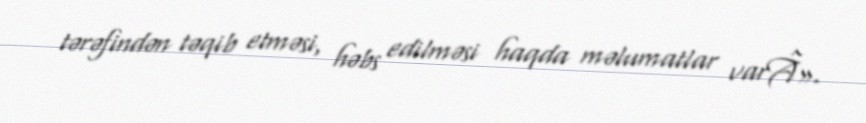
tərəfindən təqib etməsi, həbs edilməsi haqda məlumatlar varÂ».